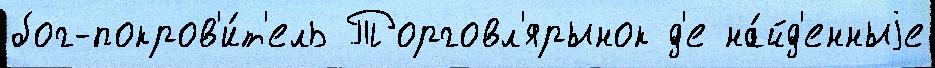
бог-покров'и́т'ель Торговл'ярынок д'е на́йд'енныjе